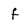
Character: f